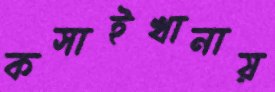
কসাইখানায়